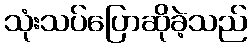
သုံးသပ်ပြောဆိုခဲ့သည်